system: You are a helpful assistant.
user:
Analyze the provided spectrum to determine if it is a **"Cataclysmic Variables (CV)"**.

- **Key Indicators for CV (Check for either state):**
    - **State 1: Quiescent / Low-State (Emission-Dominated)**
        - **(Primary):** Strong and *very broad* Hydrogen Balmer emission lines (e.g., $H\alpha$ at 6563 Å, $H\beta$ at 4861 Å). The 'broadness' (high velocity dispersion, often FWHM > 1000 km/s) is the key diagnostic, indicating a high-velocity accretion disk.
        - **(Secondary):** Broad neutral Helium (He I) emission lines (e.g., 5876 Å, 6678 Å).
        - **(Key Confirmation):** Presence of high-excitation *ionized* Helium (He II) emission at 4686 Å. This is a strong indicator of accretion onto a white dwarf.
        - **(Line Profile):** Emission lines may exhibit a 'double-peaked' profile, which is a classic signature of a rotating accretion disk viewed at high inclination.

    - **State 2: Outburst / High-State (Absorption-Dominated)**
        - **(Primary):** Spectrum is dominated by a bright, blue continuum (looks like a hot star).
        - **(Secondary):** The emission lines from State 1 are weak, absent, or 'filled in', and are replaced by broad, shallow *absorption* lines (primarily Balmer and He I).
        - **(Morphology):** The overall spectrum mimics a hot B/A-type star. The crucial difference is that the absorption lines are significantly broader, shallower, and more 'washed-out' (or 'smeared') than the sharp lines of a normal stellar photosphere, due to high rotational speeds and pressure broadening in the disk.

Think first, call **spectral_visualization_tool** if needed to examine features in detail, then provide your final answer. Your response must adhere to the following strict rules:
1.  **Overall Structure:** Your response must follow the format `<think>...</think> <tool_call>...</tool_call> (if a tool is used) <answer>...</answer>`.
2.  **Tool Usage Constraint:** You may only make **one** tool call per turn.
3.  **Final Answer Format:** In the `<answer>` tag, your conclusion must be inside a `\boxed{}` command (e.g., `\boxed{YES}`), followed by your justification.

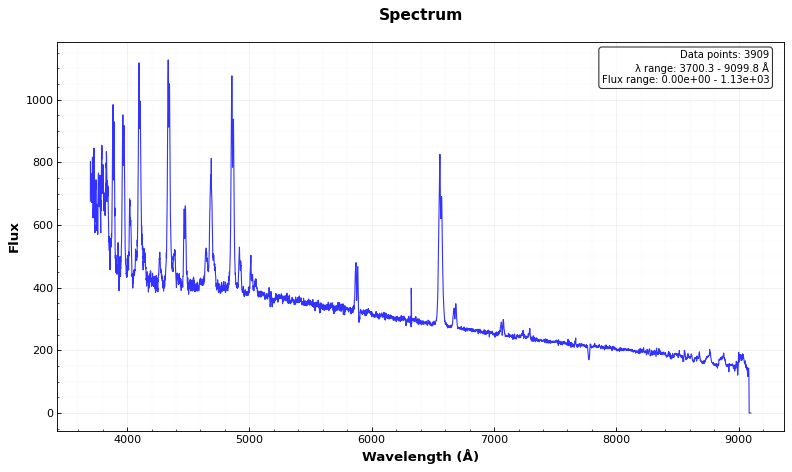
Answer: YES